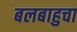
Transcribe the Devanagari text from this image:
बलबाहुचा